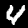
Label: 4